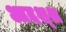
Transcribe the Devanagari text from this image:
आदश्श्र